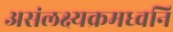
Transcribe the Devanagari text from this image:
असंलक्ष्यक्रमध्वनि